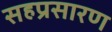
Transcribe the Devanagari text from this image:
सहप्रसारण